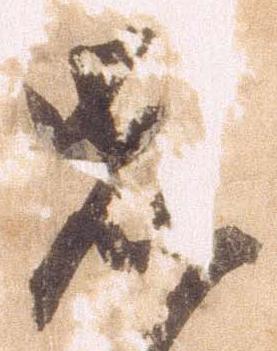
先